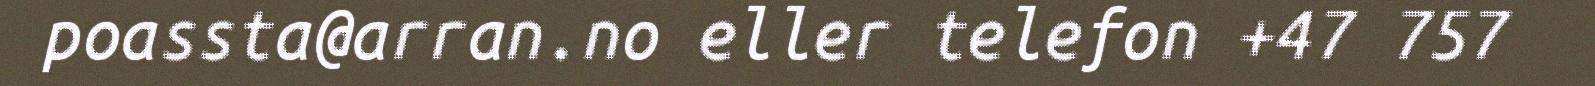
poassta@arran.no eller telefon +47 757